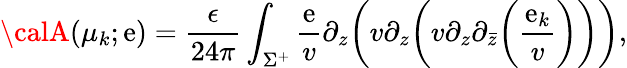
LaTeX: {\calA}(\mu_{k};\mathrm{e})={\frac{{\epsilon}}{{24\pi}}}\int_{\Sigma^{+}}{\frac{{\mathrm{e}}}{{v}}}\partial_{z}\bigg(v\partial_{z}\bigg(v\partial_{z}\partial_{\bar{{z}}}\bigg({\frac{{\mathrm{e}_{k}}}{{v}}}\bigg)\bigg)\bigg),